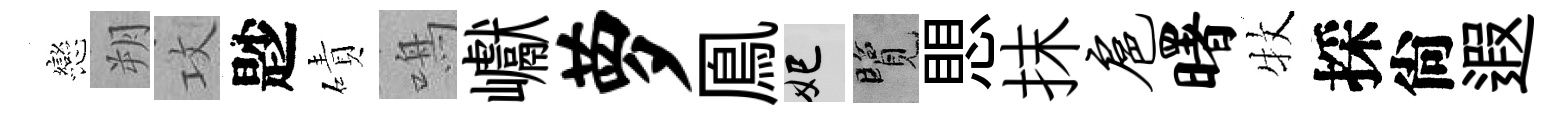
戀朔攻尟磧鳴巘萝鳯妃覽愳抹扈曙牧採尙遐